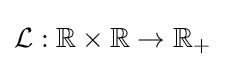
{\mathcal {L}}:\mathbb {R} \times \mathbb {R} \rightarrow \mathbb {R} _{+}